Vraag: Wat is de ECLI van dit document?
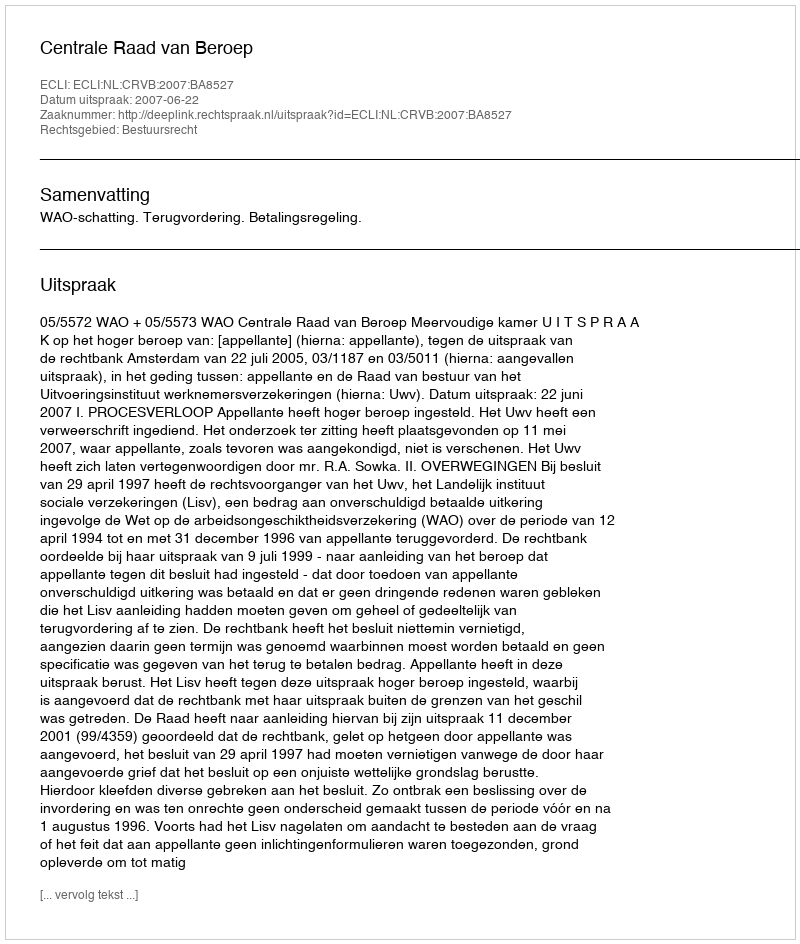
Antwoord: ECLI:NL:CRVB:2007:BA8527